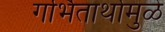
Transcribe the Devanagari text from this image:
गर्भितार्थामुळे